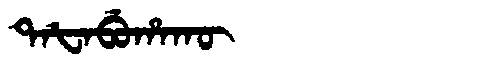
Manchu: ᡨᠠᡶᠠᠪᡠᡥᠠᡴᡡ
Romanization: TAFABUHAKŪ